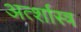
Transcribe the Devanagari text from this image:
अर्त्शास्त्र